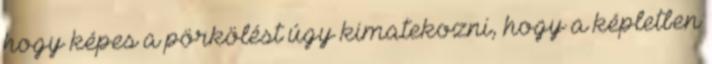
hogy képes a pörkölést úgy kimatekozni, hogy a képletben